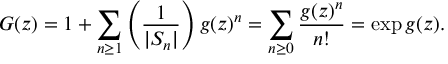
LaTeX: G ( z ) = 1 + \sum _ { n \geq 1 } \left( { \frac { 1 } { | S _ { n } | } } \right) g ( z ) ^ { n } = \sum _ { n \geq 0 } { \frac { g ( z ) ^ { n } } { n ! } } = \exp g ( z ) .